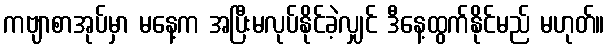
ကဗျာစာအုပ်မှာ မနေ့က အပြီးမလုပ်နိုင်ခဲ့လျှင် ဒီနေ့ထွက်နိုင်မည် မဟုတ်။